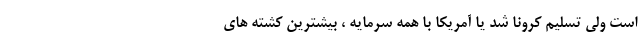
است ولی تسلیم کرونا شد یا آمریکا با همه سرمایه ، بیشترین کشته های